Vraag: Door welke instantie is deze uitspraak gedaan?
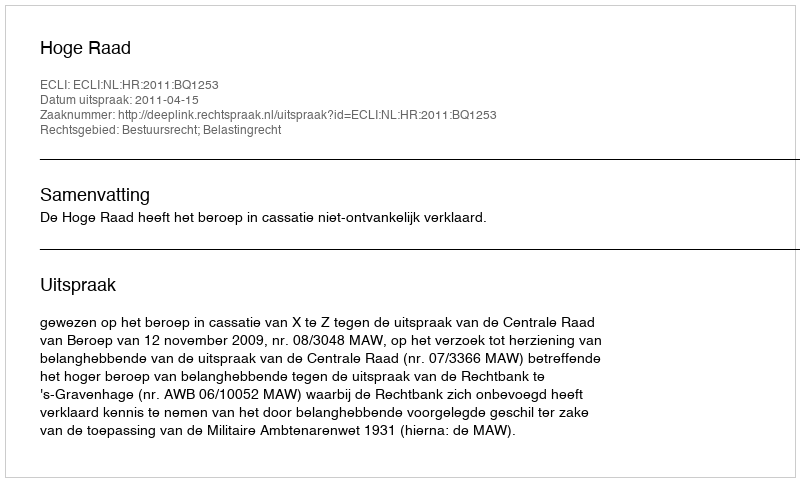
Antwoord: Hoge Raad